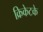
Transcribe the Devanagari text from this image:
क्रिकेटके